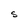
Character: S